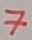
Text: 7